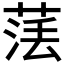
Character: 𦴵